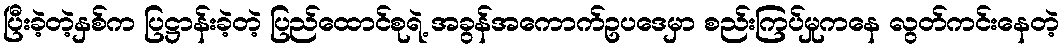
ပြီးခဲ့တဲ့နှစ်က ပြဋ္ဌာန်းခဲ့တဲ့ ပြည်ထောင်စုရဲ့ အခွန်အကောက်ဥပဒေမှာ စည်းကြပ်မှုကနေ လွတ်ကင်းနေတဲ့